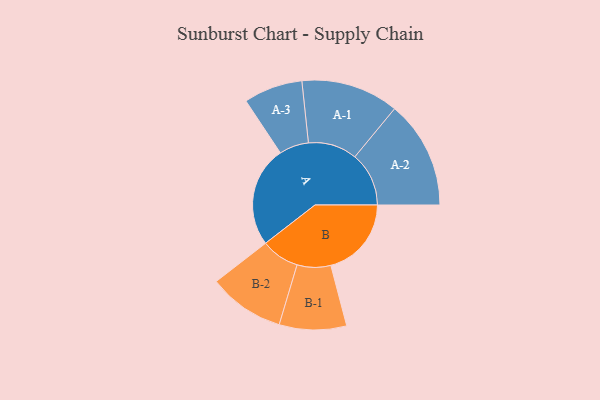
{"axis": {"x": "Segment", "y": "Value"}, "legend": ["", "A", "B"], "data": [{"x": "A", "y": 489, "type": ""}, {"x": "B", "y": 391, "type": ""}, {"x": "A-1", "y": 237, "type": "A"}, {"x": "A-2", "y": 262, "type": "A"}, {"x": "A-3", "y": 143, "type": "A"}, {"x": "B-1", "y": 163, "type": "B"}, {"x": "B-2", "y": 185, "type": "B"}]}